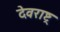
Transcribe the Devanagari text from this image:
देवराष्ट्र